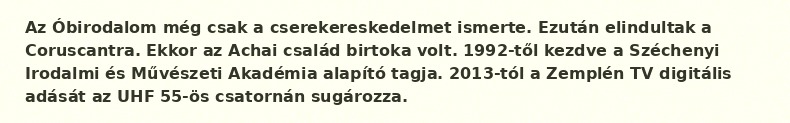
Az Óbirodalom még csak a cserekereskedelmet ismerte. Ezután elindultak a Coruscantra. Ekkor az Achai család birtoka volt. 1992-től kezdve a Széchenyi Irodalmi és Művészeti Akadémia alapító tagja. 2013-tól a Zemplén TV digitális adását az UHF 55-ös csatornán sugározza.